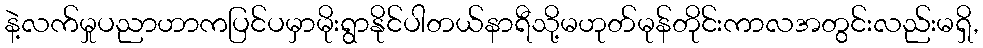
နဲ့လက်မှုပညာဟာကပြင်ပမှာမိုးရွာနိုင်ပါတယ်နာရီသို့မဟုတ်မုန်တိုင်းကာလအတွင်းလည်းမရှိ,